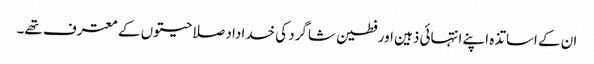
ان کے اساتذہ اپنے انتہائی ذہین اور فطین شاگرد کی خداداد صلاحیتوں کے معترف تھے۔